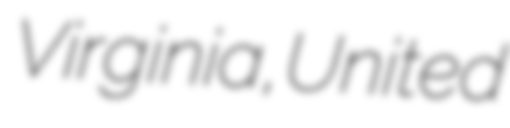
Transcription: Virginia, United